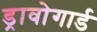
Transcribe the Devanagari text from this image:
ड्रावोगार्ड